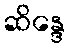
ဆိန္ဒေ